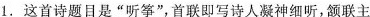
1.这首诗题目是”听筝”，首联即写诗人凝神细听，颔联主